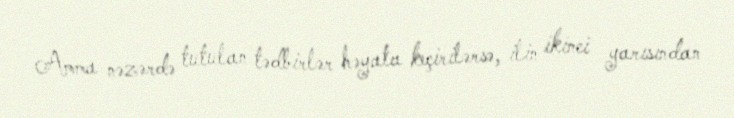
Amma nəzərdə tutulan tədbirlər həyata keçirilərsə, ilin ikinci yarısından